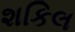
શકિલ